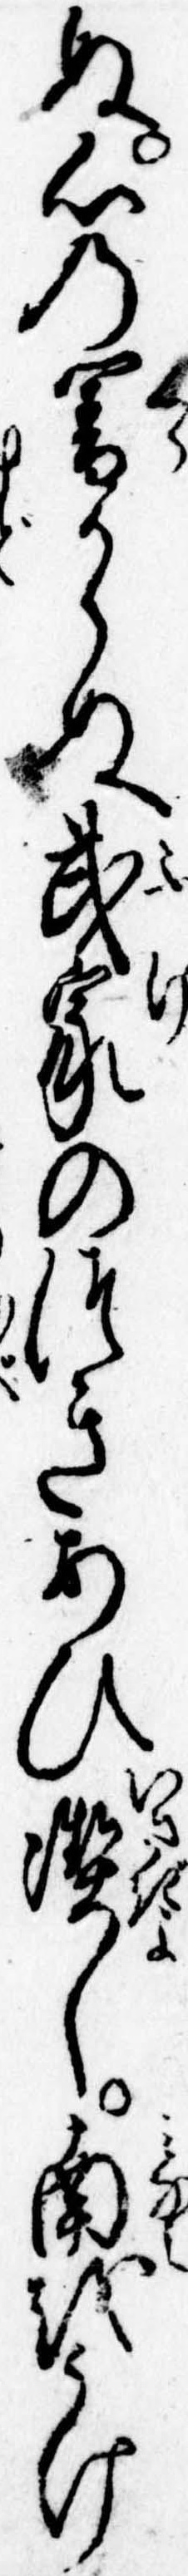
ぬ心の闇からぬ武家のつきあひ潔し南をうけ